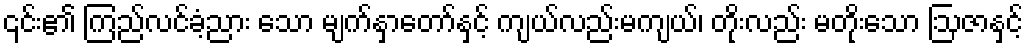
၎င်း၏ ကြည်လင်ခံ့ညား သော မျက်နှာတော်နှင့် ကျယ်လည်းမကျယ်၊ တိုးလည်း မတိုးသော ဩဇာနှင့်